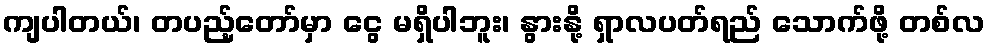
ကျပါတယ်၊ တပည့်တော်မှာ ငွေ မရှိပါဘူး၊ နွားနို့ ရှာလပတ်ရည် သောက်ဖို့ တစ်လ